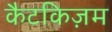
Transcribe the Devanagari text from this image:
कैटकिज़म